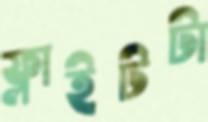
ফ্লাইটটা